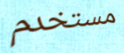
مستخدم